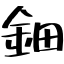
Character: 鈿